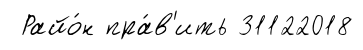
Райо́н пра́в'ить 31122018